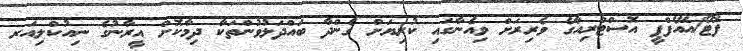
ފޮޓޯ/އޭއެފްޕީ އޮސްޓްރިއާގެ ވެރިރަށް ވިއެނާގައި ކުރިޔަށް ގެންދާ ބައްދަލުވުންތަކާ ދިމާކޮށް އީރާނުގެ ނިއުކްލިއަރ